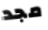
مجد